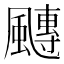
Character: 𩘯